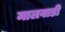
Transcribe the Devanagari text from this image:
मालवाडी